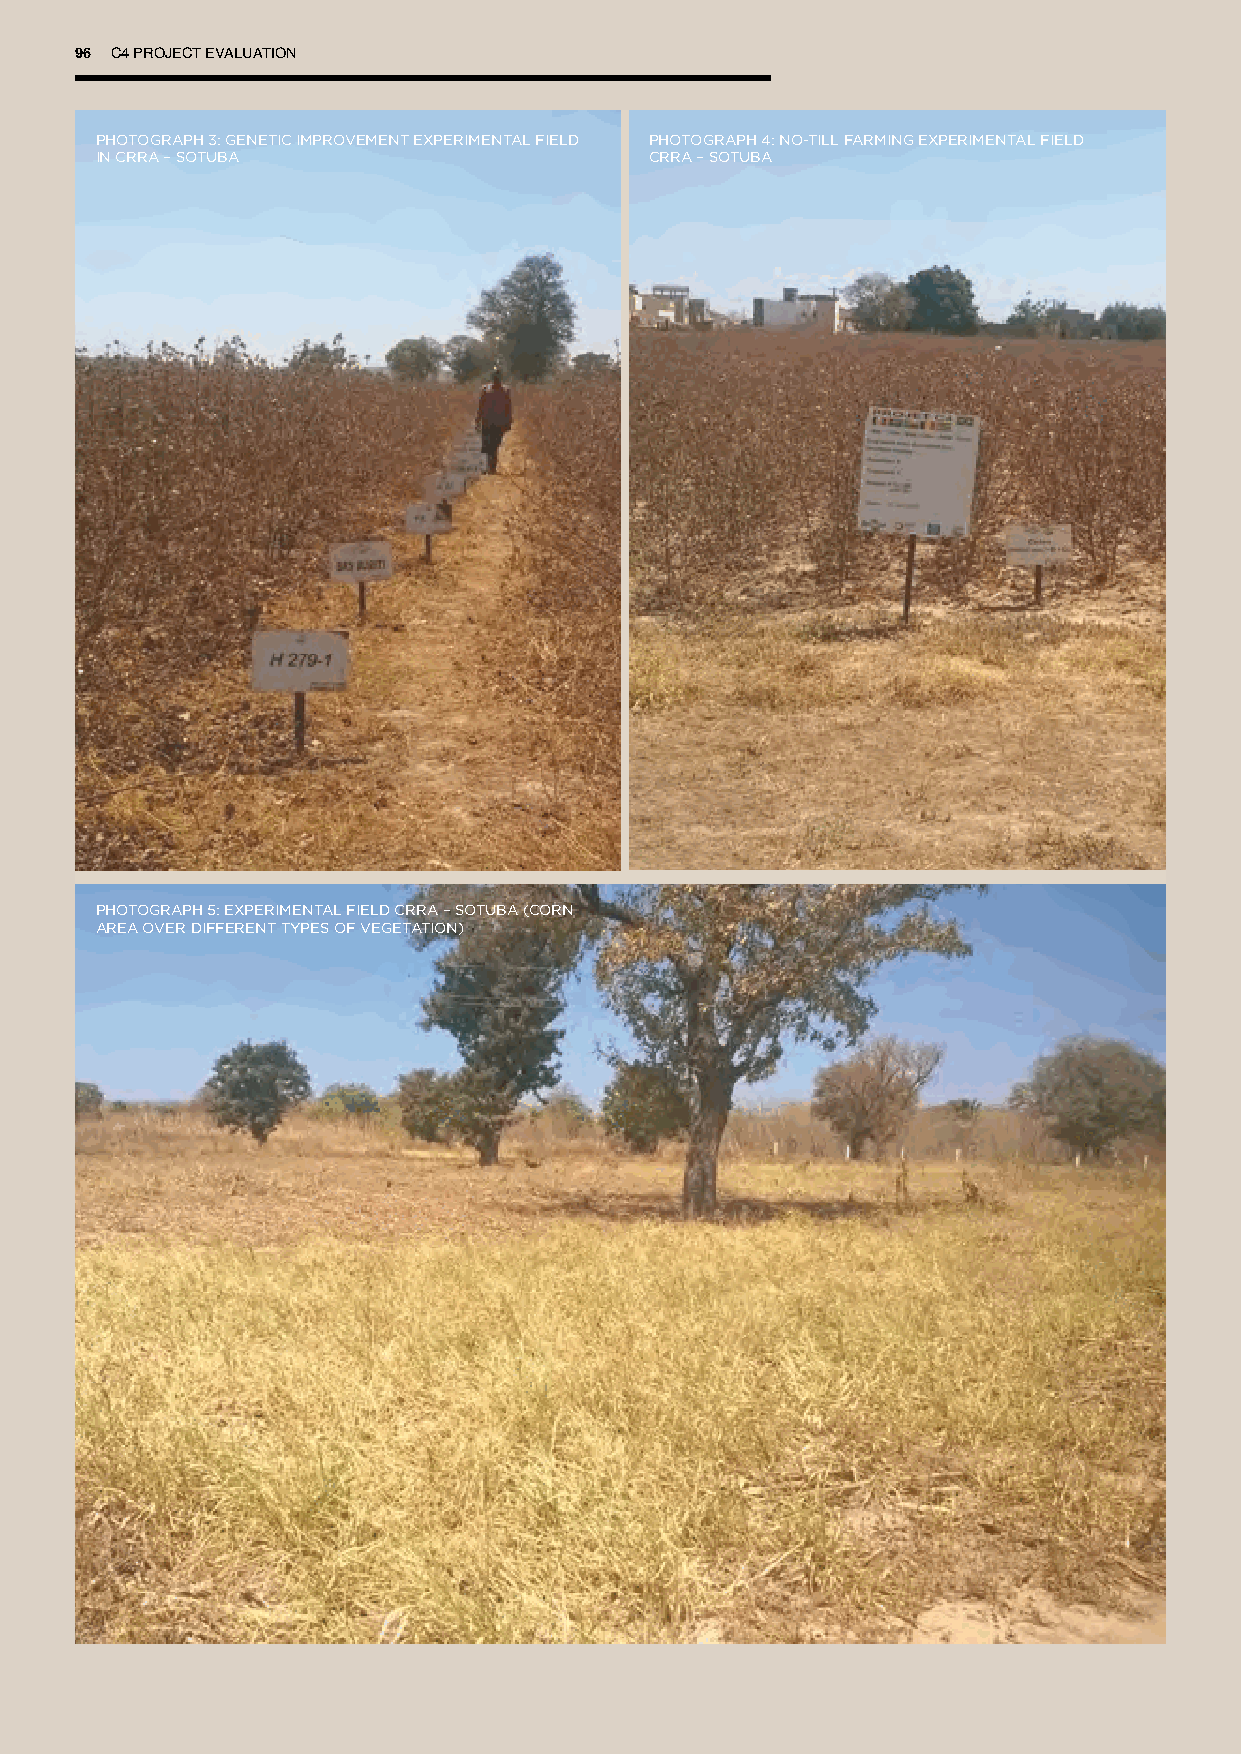
96 C4 PROJECT EVALUATION
 PHOTOGRAPH 3: GENETIC IMPROVEMENT EXPERIMENTAL FIELD PHOTOGRAPH 4: NO-TILL FARMING EXPERIMENTAL FIELD
 IN CRRA – SOTUBA                     CRRA – SOTUBA
 PHOTOGRAPH 5: EXPERIMENTAL FIELD CRRA – SOTUBA (CORN
 AREA OVER DIFFERENT TYPES OF VEGETATION)